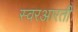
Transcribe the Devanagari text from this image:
स्वरआरती